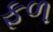
ફળ